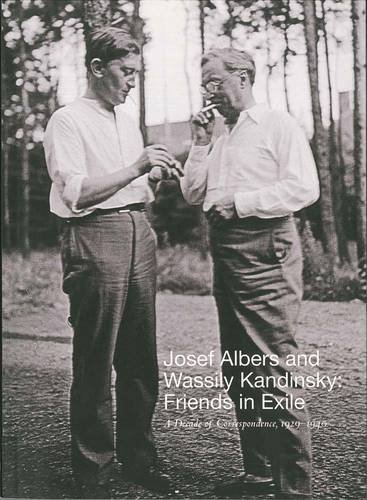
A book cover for Josef Albers and Wassily Kandinsky: Friends in Exile: A Decade of Correspondence, 1929EE1940; Arts & Photography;